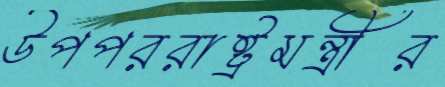
উপপররাষ্ট্রমন্ত্রীর